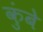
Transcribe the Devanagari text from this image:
कुंबे